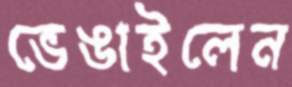
ভেঙাইলেন